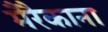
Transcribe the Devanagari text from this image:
मैरैकाना